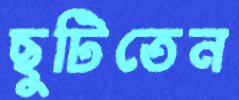
ছুটিতেন